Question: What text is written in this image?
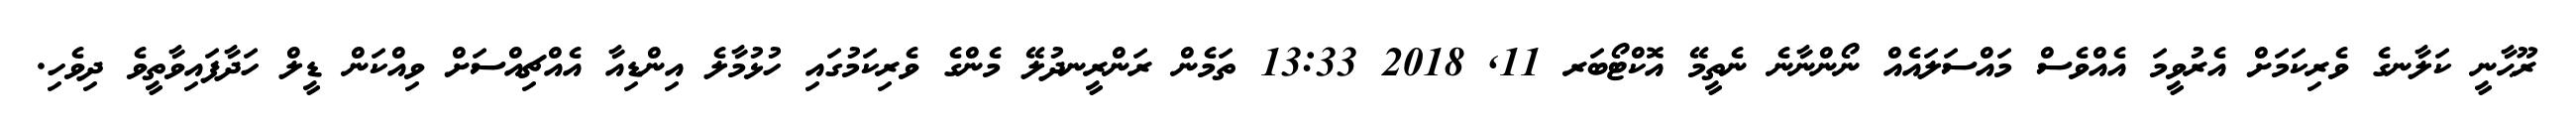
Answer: ރޫޙާނީ ކަލާނގެ ވެރިކަމަށް އެރުވީމަ އެއްވެސް މައްސަލައެއް ނޯންނާނެ ނެތީމޭ އޮކްޓޯބަރ 11, 2018 13:33 ތަމެން ރަންރީނދުލޭ މެންގެ ވެރިކަމުގައި ހުޅުމާލެ އިންޑިއާ އެއްޗިއްސަށް ވިއްކަން ޑީލް ހަދާފައިވާތީވެ ދިވެހި.